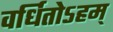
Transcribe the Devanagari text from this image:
वर्धितोऽहम्‌